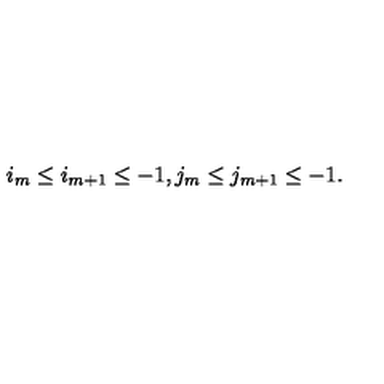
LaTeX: i _ { m } \leq i _ { m + 1 } \leq - 1 , j _ { m } \leq j _ { m + 1 } \leq - 1 .